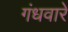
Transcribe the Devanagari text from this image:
गंधवारें